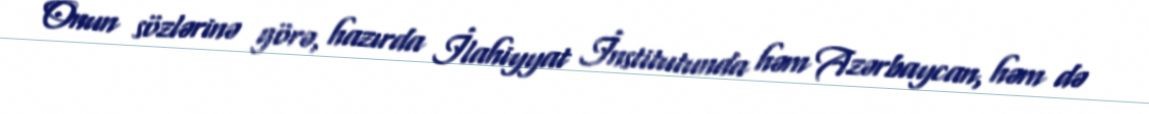
Onun sözlərinə görə, hazırda İlahiyyat İnstitutunda həm Azərbaycan, həm də